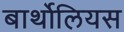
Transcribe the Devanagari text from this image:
बार्थोलियस